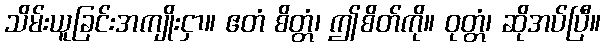
သိမ်းယူခြင်းအကျိုးငှာ။ ဧတံ စိတ္တံ၊ ဤစိတ်ကို။ ဝုတ္တံ၊ ဆိုအပ်ပြီ။